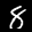
Label: 8